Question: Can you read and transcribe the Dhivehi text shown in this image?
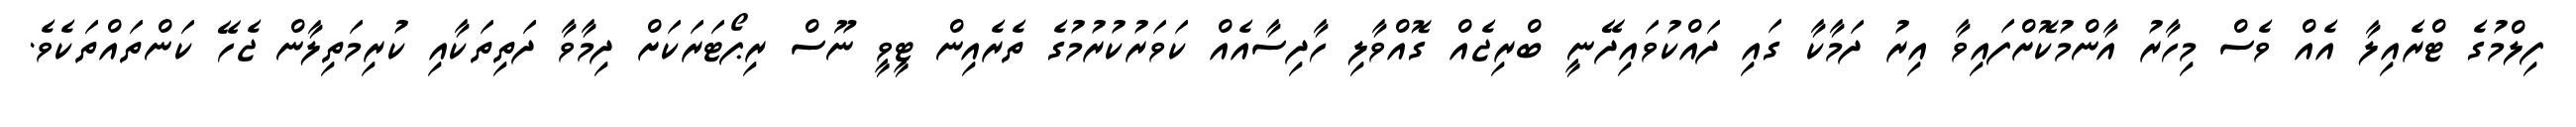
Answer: ފިލްމުގެ ޓްރެއިލާ އެއް ވެސް މިހާރު އާންމުކޮށްފައިވާ އިރު ދަމާކާ ގައި ދައްކުވައިދޭނީ ބްރިޖެއް ގޮއްވާލި ހާދިސާއެއް ކަވަރުކުރުމުގެ ތެރެއިން ޓީވީ ނޫސް ރިޕޯޓަރަކަށް ދިމާވާ ދަތިތަކާއި ކުރިމަތިލާން ޖެހޭ ކަންތައްތަކެވެ.